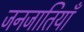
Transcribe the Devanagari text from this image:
जनजातियॉं